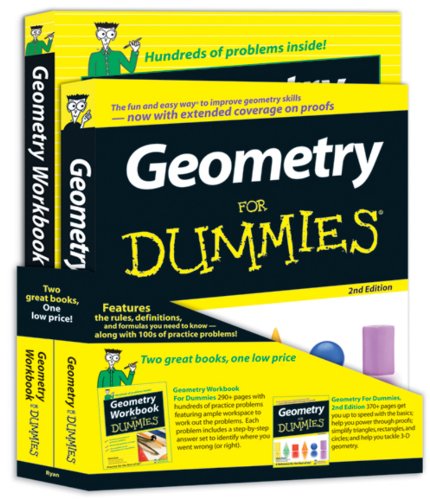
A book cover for Geometry For Dummies Education Bundle; Mark Ryan; Science & Math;